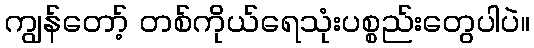
ကျွန်တော့် တစ်ကိုယ်ရေသုံးပစ္စည်းတွေပါပဲ။